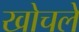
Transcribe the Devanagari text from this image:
खोचले